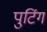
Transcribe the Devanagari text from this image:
पुटिंग